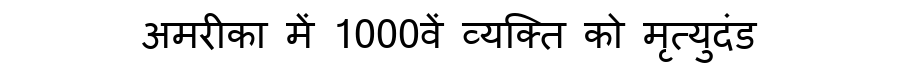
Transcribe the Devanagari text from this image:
अमरीका में 1000वें व्यक्ति को मृत्युदंड